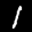
Label: 1